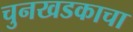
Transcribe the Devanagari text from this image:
चुनखडकाचा